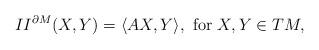
LaTeX: \begin{align*}II^{\partial M}(X,Y) = \langle AX, Y\rangle, \textrm{ for }X,Y\in TM,\end{align*}